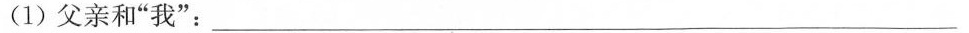
（1）父亲和“我”：__________________________________